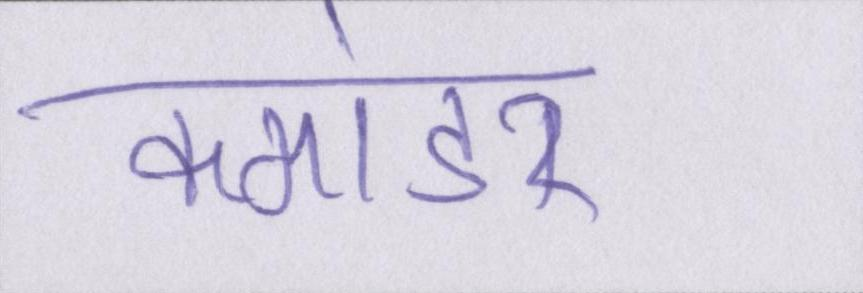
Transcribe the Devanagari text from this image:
कमांडर